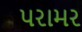
પરામર